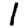
Digit: 1